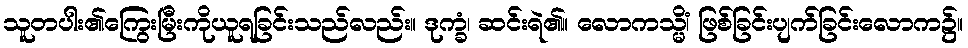
သူတပါး၏ကြွေးမြီးကိုယူရခြင်းသည်လည်း။ ဒုက္ခံ၊ ဆင်းရဲ၏။ လောကသ္မိံ၊ ဖြစ်ခြင်းပျက်ခြင်းလောက၌။